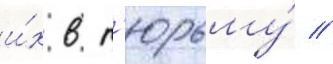
и́х в т'юрьму́ //